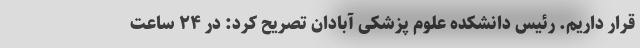
قرار داریم. رئیس دانشکده علوم پزشکی آبادان تصریح کرد: در ۲۴ ساعت